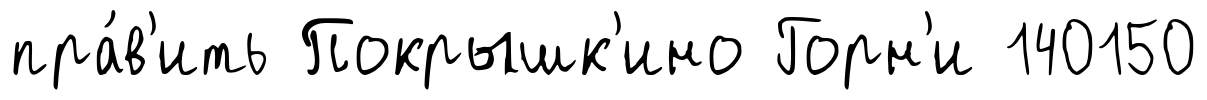
пра́в'ить Покрышк'ино Горн'и 140150